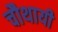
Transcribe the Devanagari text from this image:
चौथायी